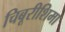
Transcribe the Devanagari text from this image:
चिबूरीशिमा